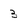
Character: 3